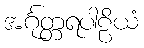
အင်္ဂုတ္တရပါဠိယံ